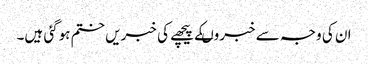
ان کی وجہ سے خبروںکے پیچھے کی خبریں ختم ہوگئی ہیں۔